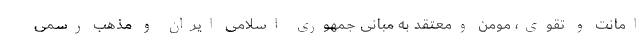
امانت و تقوی، مومن ومعتقد به مبانی جمهوری اسلامی ایران و مذهب رسمی